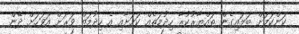
ކަންކަމަށް ބަލައިގެން ތައްޔާރުކުރާ ހިދުމަތެއް ކަމަށާއި އެ ހިދުމަތް ވަރަށް އަވަހަށް ދޭން